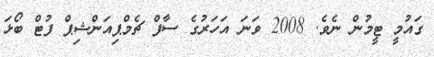
ގައުމީ ޓީމުން ނެވެ. 2008 ވަނަ އަހަރުގެ ސާފް ޗެމްޕިއަންޝިޕް ފުޓް ބޯޅަ